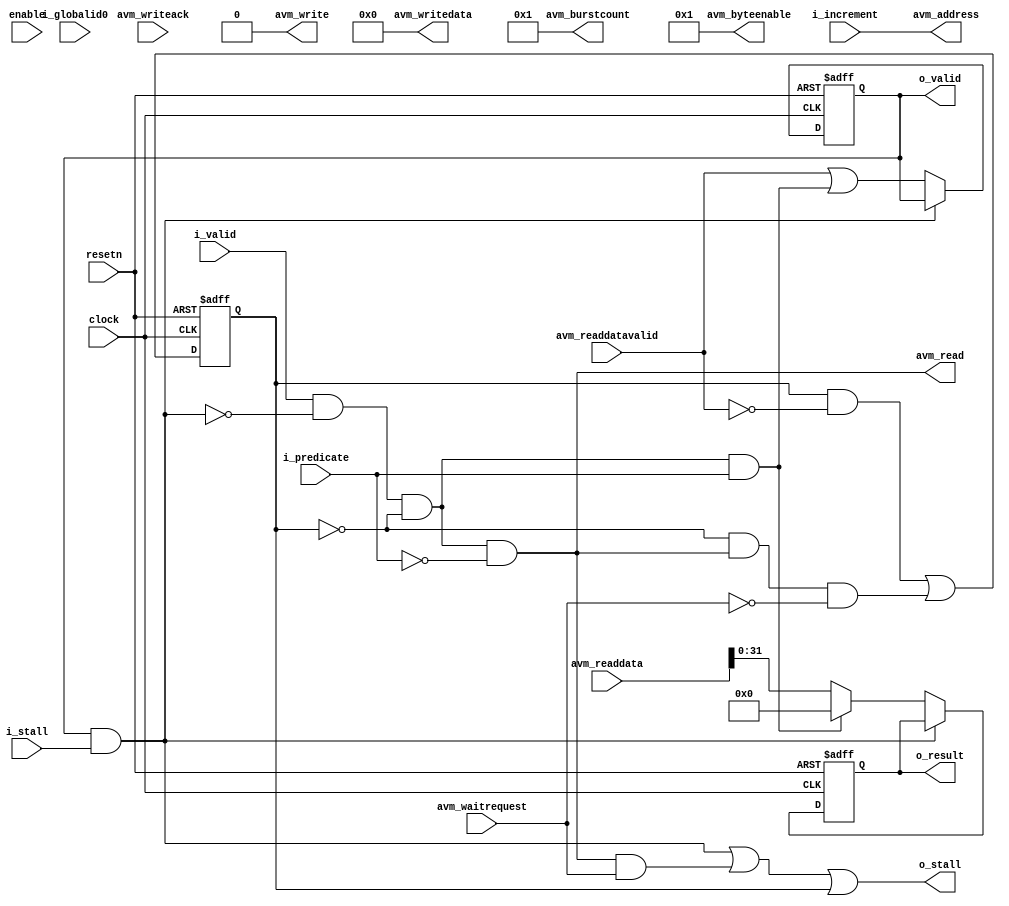
module acl_printf_buffer_address_generator
(
// Standard global signals
input clock,
input resetn,
input enable,

// Upstream interface
output o_stall,
input i_valid,
input i_predicate,
input [31:0] i_globalid0,
input [31:0] i_increment,

// Downstream interface
input i_stall,
output reg o_valid,
output reg [31:0] o_result,

// Avalon interface
output avm_read,
output avm_write,
output [5:0] avm_burstcount,
output [31:0] avm_address,
output [255:0] avm_writedata,
output [31:0] avm_byteenable,
input avm_waitrequest,
input [255:0] avm_readdata,
input avm_readdatavalid,
input avm_writeack
);

reg busy; // sent a request, waiting for response

wire predicated_read;
wire down_stall;

// stalled from down-stream when output is valid and stall is high
assign down_stall = ( o_valid & i_stall ); 

/**************
* AVM Signals *
**************/

// send a interconnect request if not stalled down-stream, not busy, nor predicated 
assign avm_read = ( i_valid & ~down_stall & ~busy & ~i_predicate); 
assign avm_address = i_increment;

assign avm_write = 1'b0;
assign avm_writedata = 256'b0;
assign avm_byteenable = 32'b1;
assign avm_burstcount = 1;

/****************
* Other signals *
****************/

// act on predicated inputs (o_valid is high next cycle, result does not matter)
// if not stalled down-stream, not busy and predicate is high
assign predicated_read = ( i_valid & ~down_stall & ~busy & i_predicate ); 

/*******************
* Valid/Stall Logic *
********************/

 always @( posedge clock or negedge resetn ) begin

   if( ~resetn ) begin
     o_valid <= 1'b0;
     busy <= 1'b0;
     o_result <= 32'dx;
   end
   else begin

     // busy when read signal is sent, not-busy after readdatavalid is received
     busy <= (busy & ~avm_readdatavalid) | (~busy & avm_read & ~avm_waitrequest);

     // dont change the output, if I get stalled by down-stream
     if( ~down_stall )
     begin     
       // readdatavalid stays high only one cycle
       o_valid <= avm_readdatavalid | predicated_read;

       if( predicated_read ) begin
         o_result <= 32'b0; // assign 0 so I can see change when debugging
       end
       else begin
         o_result <= avm_readdata[31:0];
       end
     end
   end
end

// stall up-stream if I get stalled by down-stream, or by the IC, or just busy servicing a request
assign o_stall = ( down_stall | ( avm_read & avm_waitrequest ) | busy );

endmodule